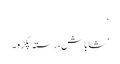
‘
’شاباش، رستہ پکڑو۔